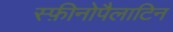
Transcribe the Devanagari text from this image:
स्फ़ीनोपैलाटिन